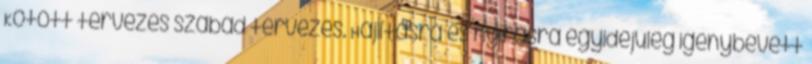
Kötött tervezés szabad tervezés. Hajlításra és nyírásra egyidejűleg igénybevett